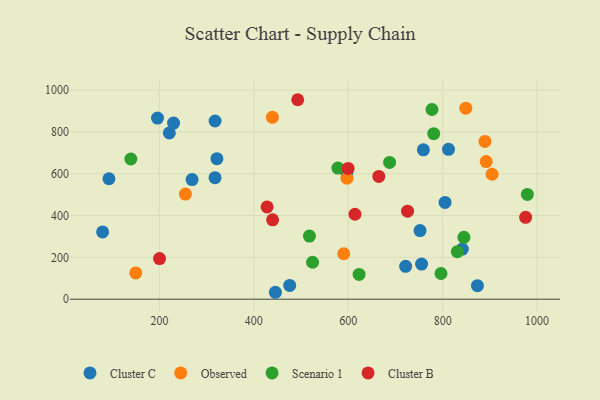
{"axis": {"x": "Price", "y": "Demand"}, "legend": ["Cluster B", "Cluster C", "Observed", "Scenario 1"], "data": [{"x": "597.0", "y": 607.0, "type": "Cluster C"}, {"x": "269.1", "y": 572.1, "type": "Cluster C"}, {"x": "805.0", "y": 463.0, "type": "Cluster C"}, {"x": "755.3", "y": 167.8, "type": "Cluster C"}, {"x": "752.0", "y": 328.4, "type": "Cluster C"}, {"x": "841.6", "y": 239.7, "type": "Cluster C"}, {"x": "79.6", "y": 321.6, "type": "Cluster C"}, {"x": "759.1", "y": 714.5, "type": "Cluster C"}, {"x": "445.6", "y": 33.1, "type": "Cluster C"}, {"x": "317.8", "y": 852.2, "type": "Cluster C"}, {"x": "721.5", "y": 157.1, "type": "Cluster C"}, {"x": "220.9", "y": 795.2, "type": "Cluster C"}, {"x": "317.7", "y": 581.1, "type": "Cluster C"}, {"x": "873.6", "y": 64.7, "type": "Cluster C"}, {"x": "93.0", "y": 576.1, "type": "Cluster C"}, {"x": "475.9", "y": 65.8, "type": "Cluster C"}, {"x": "229.9", "y": 842.1, "type": "Cluster C"}, {"x": "195.9", "y": 866.1, "type": "Cluster C"}, {"x": "321.7", "y": 672.3, "type": "Cluster C"}, {"x": "812.3", "y": 717.0, "type": "Cluster C"}, {"x": "892.2", "y": 658.2, "type": "Observed"}, {"x": "597.3", "y": 578.5, "type": "Observed"}, {"x": "149.8", "y": 125.6, "type": "Observed"}, {"x": "849.0", "y": 913.7, "type": "Observed"}, {"x": "889.5", "y": 754.8, "type": "Observed"}, {"x": "590.4", "y": 217.4, "type": "Observed"}, {"x": "439.3", "y": 869.6, "type": "Observed"}, {"x": "904.6", "y": 597.6, "type": "Observed"}, {"x": "255.0", "y": 502.7, "type": "Observed"}, {"x": "517.7", "y": 302.0, "type": "Scenario 1"}, {"x": "781.0", "y": 791.6, "type": "Scenario 1"}, {"x": "979.4", "y": 501.2, "type": "Scenario 1"}, {"x": "831.0", "y": 227.4, "type": "Scenario 1"}, {"x": "796.4", "y": 122.8, "type": "Scenario 1"}, {"x": "845.0", "y": 295.7, "type": "Scenario 1"}, {"x": "687.5", "y": 654.1, "type": "Scenario 1"}, {"x": "139.4", "y": 670.4, "type": "Scenario 1"}, {"x": "524.4", "y": 176.7, "type": "Scenario 1"}, {"x": "777.3", "y": 907.3, "type": "Scenario 1"}, {"x": "622.9", "y": 118.6, "type": "Scenario 1"}, {"x": "577.9", "y": 627.1, "type": "Scenario 1"}, {"x": "725.6", "y": 420.8, "type": "Cluster B"}, {"x": "439.7", "y": 379.5, "type": "Cluster B"}, {"x": "428.0", "y": 441.4, "type": "Cluster B"}, {"x": "664.7", "y": 587.2, "type": "Cluster B"}, {"x": "492.9", "y": 954.0, "type": "Cluster B"}, {"x": "975.7", "y": 391.6, "type": "Cluster B"}, {"x": "599.6", "y": 625.4, "type": "Cluster B"}, {"x": "614.2", "y": 406.3, "type": "Cluster B"}, {"x": "200.2", "y": 194.4, "type": "Cluster B"}]}